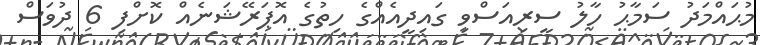
މުޙައްމަދު ސަމާޙު ހާލު ސީރިއަސްވި ގައިދީއެއްގެ ހިތުގެ އޮޕަރޭޝަނެއް ކޮށްފި 6 ދުވަސް